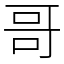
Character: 哥